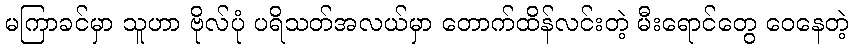
မကြာခင်မှာ သူဟာ ဗိုလ်ပုံ ပရိသတ်အလယ်မှာ တောက်ထိန်လင်းတဲ့ မီးရောင်တွေ ဝေနေတဲ့